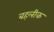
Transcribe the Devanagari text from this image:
बहलीक